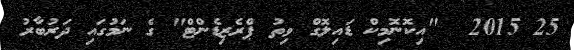
25 2015  "އިކޮނޮމިކް ޑައިލޮގް ވިތު ޕްރެޒިޑެންޓް" ގެ ނަމުގައި ދަރުބާރު